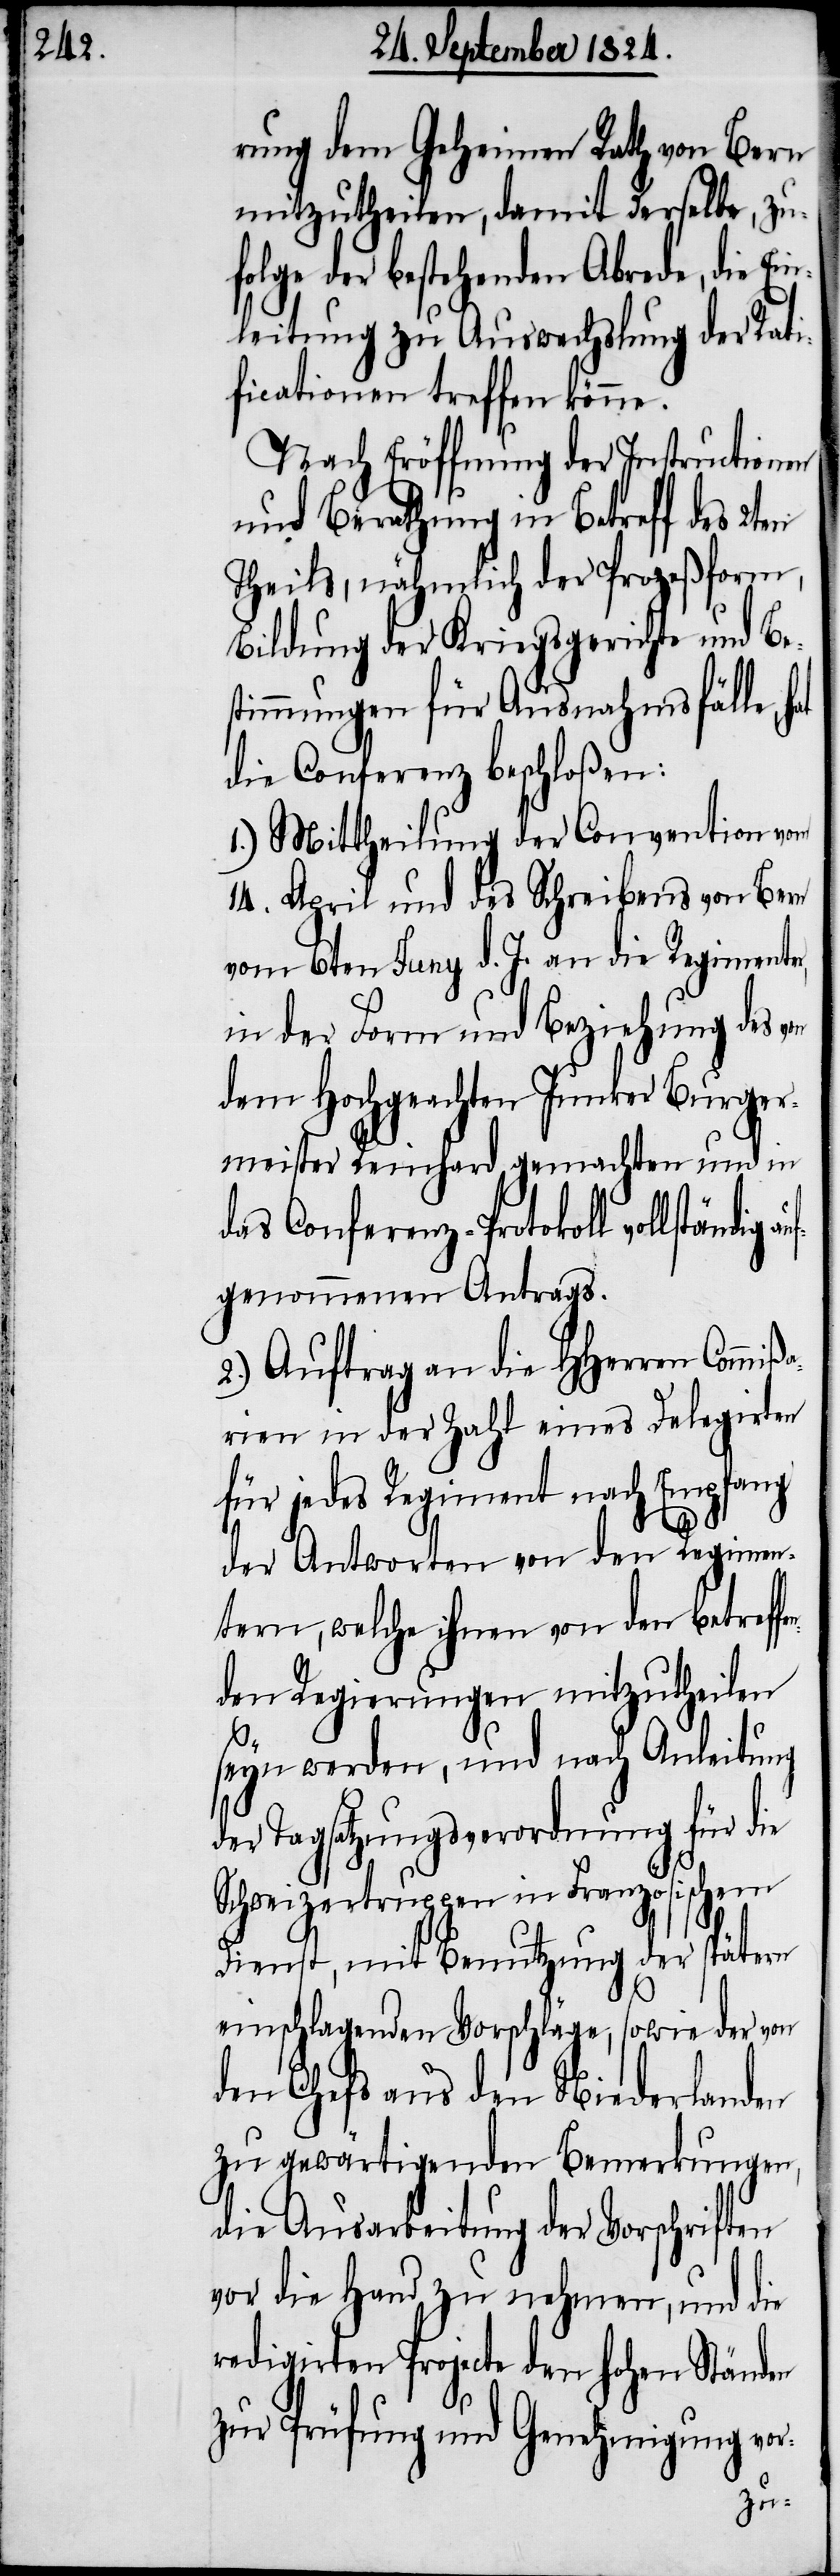
rung dem geheimen Rath von Bern
mitzutheilen, damit derselbe, zuf¬
olge der bestehenden Abrede, die
leitung zu Auswechslung der Rati¬
ficationen treffen könne.
Nach Eröffnung der Instructionen
und Berathung in Betre¬
Theils, nähmlich der Prozeßform,
Bildung der Kriegsgerichte und Bes¬
timmungen für Ausnahmsfäll¬
die Conferenz beschloßen:
1.) Mittheilung der Convention vom
14. April und des Schreibens von Bern
vom 6ten Juny d. J. an die Regimenter
in der Form und Beziehung des
dem Hochgeachten Junker Burger¬
meister Reinhard gemachten und
das Conferenz-Protokoll vollst¬
genommenen Antrags.
2.) Auftrag an die HHerren Comm¬
rien in der Zahl eines Delegirten
für jedes Regiment nach Empfang
der Antworten von den Regimen¬
tern, welche ihnen von den betref¬
den Regierungen mitzutheilen
seyn werden, und nach Anleitu¬
der Tagsatzungsverordnung für die
Schweizertruppen in Französischen
vor-
Dienst, mit Benutzung
der
einschlagenden Vorschläge; so¬
den Chefs aus den Niederlanden
zu gewärtigenden Bemer¬
kungen,
die Ausarbeitung der Vorschriften
vor die Hand zu nehmen, und
redigirten Projecte den hohen Ständen
zur Prü¬
ng